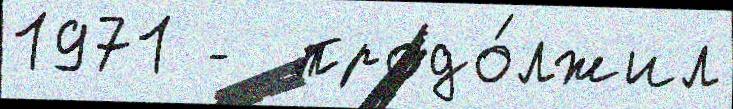
1971 -  продо́лжил